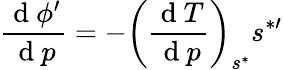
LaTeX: \frac{\mathrm{~d~}\phi^{\prime}}{\mathrm{~d~}p}=-\bigg(\frac{\mathrm{~d~}T}{\mathrm{~d~}p}\bigg)_{s^{*}}s^{*\prime}